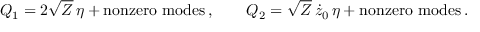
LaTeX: Q _ { 1 } = 2 \sqrt { \cal Z } \, \eta + \mathrm { n o n z e r o ~ m o d e s } \, , \qquad Q _ { 2 } = \sqrt { \cal Z } \, \dot { z } _ { 0 } \, \eta + \mathrm { n o n z e r o ~ m o d e s } \, .